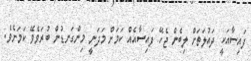
ފައިސާއަކީ ދައުލަތަށް ލިބެން ޖެހޭ ފައިސާއެއް ކަމަށް މަދަނީ މިންގަނޑުން ބުރަވެވޭ ކަމަށެވެ.